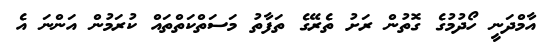
އާމްދަނީ ހޯދުމުގެ ގޮތުން ރަށު ތެރޭގެ ތަފާތު މަސަތްކަތްތައް ކުރަމުން އަންނަ އެ